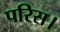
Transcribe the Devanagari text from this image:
परिस।